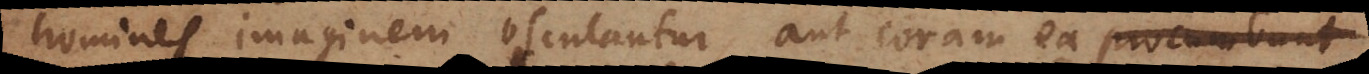
homines imaginem osculantur, aut coram ea procumbunt